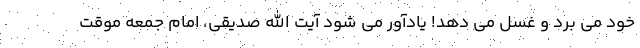
خود می برد و غسل می دهد! یادآور می شود آیت الله صدیقی، امام جمعه موقت